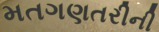
મતગણતરીની